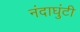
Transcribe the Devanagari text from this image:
नंदाघुंटी